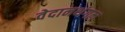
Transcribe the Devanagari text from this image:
वेदानथंगल